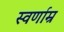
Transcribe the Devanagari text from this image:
स्वर्णाम्र